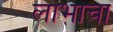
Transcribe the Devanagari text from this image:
लाभाचा